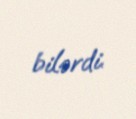
bilərdi.